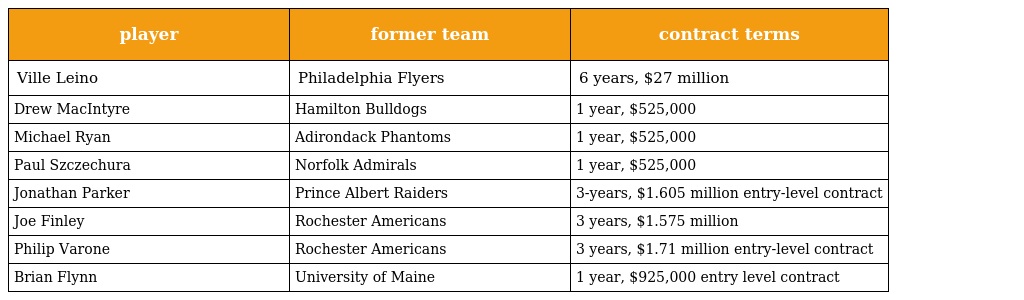
| player | former team | contract terms |
 | --- | --- | --- |
 | Ville Leino | Philadelphia Flyers | 6 years, $27 million |
 | Drew MacIntyre | Hamilton Bulldogs | 1 year, $525,000 |
 | Michael Ryan | Adirondack Phantoms | 1 year, $525,000 |
 | Paul Szczechura | Norfolk Admirals | 1 year, $525,000 |
 | Jonathan Parker | Prince Albert Raiders | 3-years, $1.605 million entry-level contract |
 | Joe Finley | Rochester Americans | 3 years, $1.575 million |
 | Philip Varone | Rochester Americans | 3 years, $1.71 million entry-level contract |
 | Brian Flynn | University of Maine | 1 year, $925,000 entry level contract |